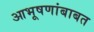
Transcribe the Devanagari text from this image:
आभूषणांबाबत